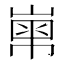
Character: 𡻾